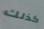
كذلك